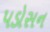
પડોસન